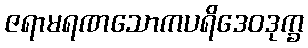
ဇရာမရဏသောကပရိဒေဝဒုက္ခ